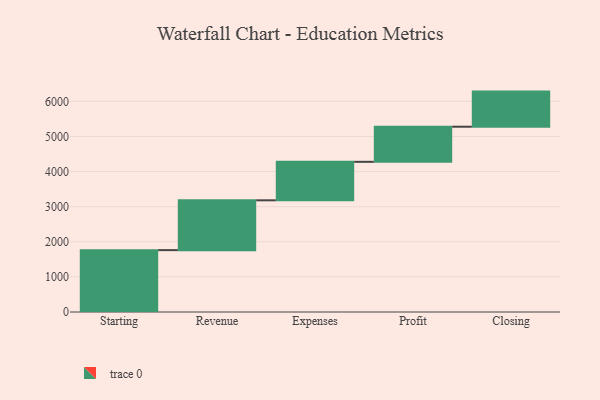
{"axis": {"x": "Step", "y": "Value"}, "legend": [""], "data": [{"x": "Starting", "y": 1762.0, "type": ""}, {"x": "Revenue", "y": 1419.0, "type": ""}, {"x": "Expenses", "y": 1096.0, "type": ""}, {"x": "Profit", "y": 1000, "type": ""}, {"x": "Closing", "y": 1000, "type": ""}]}